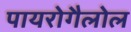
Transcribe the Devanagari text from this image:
पायरोगैलोल